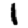
Digit: 1